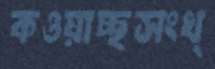
কওয়াচ্ছসংখ্